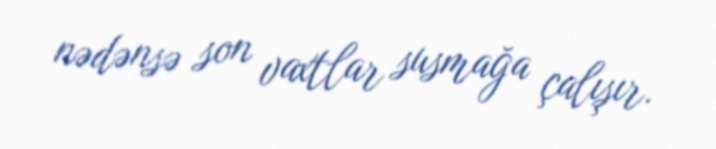
nədənsə son vaxtlar susmağa çalışır.